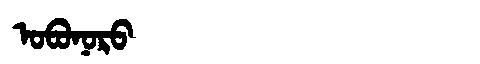
Manchu: ᠣᠪᠣᠨᠣᡵᠣ
Romanization: OBONORO